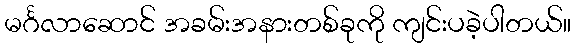
မင်္ဂလာဆောင် အခမ်းအနားတစ်ခုကို ကျင်းပခဲ့ပါတယ်။